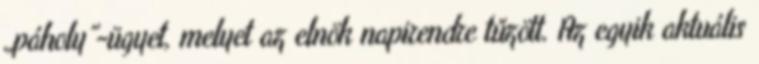
„páholy”-ügyet, melyet az elnök napirendre tűzött. Az egyik aktuális